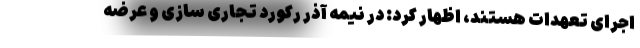
اجرای تعهدات هستند، اظهار کرد: در نیمه آذر رکورد تجاری سازی و عرضه